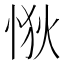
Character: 𢙹